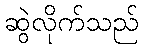
ဆွဲလိုက်သည်